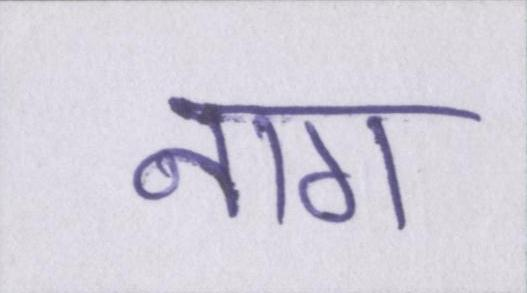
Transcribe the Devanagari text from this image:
नाग